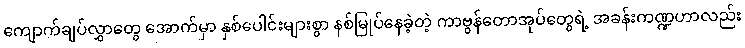
ကျောက်ချပ်လွှာတွေ အောက်မှာ နှစ်ပေါင်းများစွာ နစ်မြုပ်နေခဲ့တဲ့ ကာဗွန်တောအုပ်တွေရဲ့ အခန်းကဏ္ဍဟာလည်း